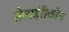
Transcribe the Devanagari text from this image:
सेताईरीकोन